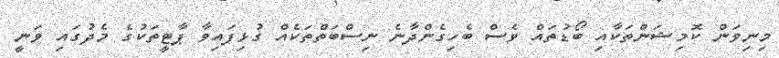
މިނިވަން ކޮމިޝަންތަކާއި ބޯޑުތައް ވެސް ބެހިގެންދާނެ ނިސްބަތްތަކެއް ގުޅިފައިވާ ޕާޓީތަކުގެ މެދުގައި ވަނީ